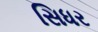
સિધર